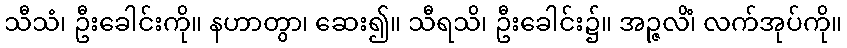
သီသံ၊ ဦးခေါင်းကို။ နဟာတွာ၊ ဆေး၍။ သီရသိ၊ ဦးခေါင်း၌။ အဉ္ဇလိံ၊ လက်အုပ်ကို။